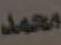
محمد